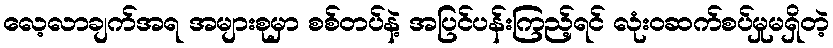
လေ့လာချက်အရ အများစုမှာ စစ်တပ်နဲ့ အပြင်ပန်းကြည့်ရင် လုံးဝဆက်စပ်မှုမရှိတဲ့